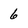
Character: 6